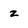
Character: z